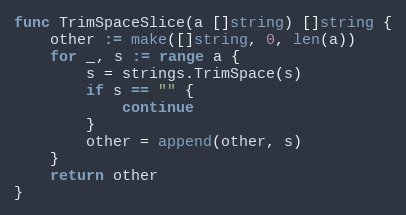
Language: Go
func TrimSpaceSlice(a []string) []string {
	other := make([]string, 0, len(a))
	for _, s := range a {
		s = strings.TrimSpace(s)
		if s == "" {
			continue
		}
		other = append(other, s)
	}
	return other
}